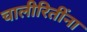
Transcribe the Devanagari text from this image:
चालीरितींना